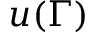
u ( \Gamma )